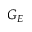
G _ { E }